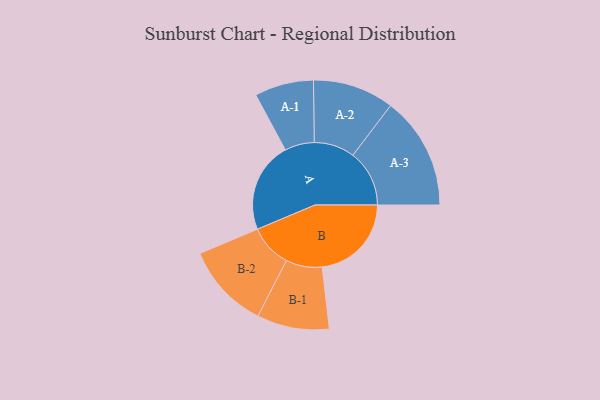
{"axis": {"x": "Segment", "y": "Value"}, "legend": ["", "A", "B"], "data": [{"x": "A", "y": 450, "type": ""}, {"x": "B", "y": 444, "type": ""}, {"x": "A-1", "y": 147, "type": "A"}, {"x": "A-2", "y": 202, "type": "A"}, {"x": "A-3", "y": 281, "type": "A"}, {"x": "B-1", "y": 180, "type": "B"}, {"x": "B-2", "y": 213, "type": "B"}]}